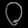
Digit: ၀